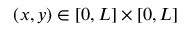
( x , y ) \in [ 0 , L ] \times [ 0 , L ]